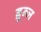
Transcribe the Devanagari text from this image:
ब्रून्ज